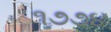
૧૭૭૪